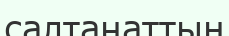
салтанаттың